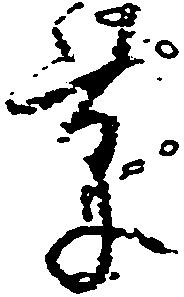
草